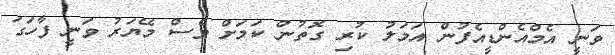
ވަނީ އެމްއެންޑީއެފުން އަމަލު ކުރި ގޮތުން ކަމަށް ވެސް މޭޔަރު ވަނީ ފާހަގަ